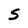
Character: S